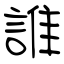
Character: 誰